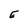
Character: E